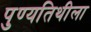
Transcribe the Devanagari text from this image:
पुण्यतिथीला